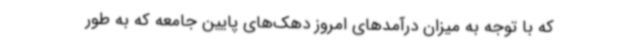
که با توجه به میزان درآمدهای امروز دهک‌های پایین جامعه که به طور